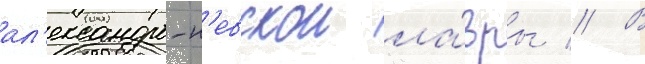
ал'ександро-н'евскои ла́вры // В